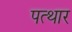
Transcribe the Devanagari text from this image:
पत्थार